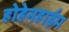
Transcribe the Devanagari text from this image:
होहेनहाईम